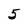
Character: 5